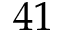
^ Ḋ 4 1 Ḍ